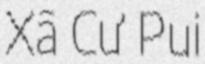
Xã Cư Pui